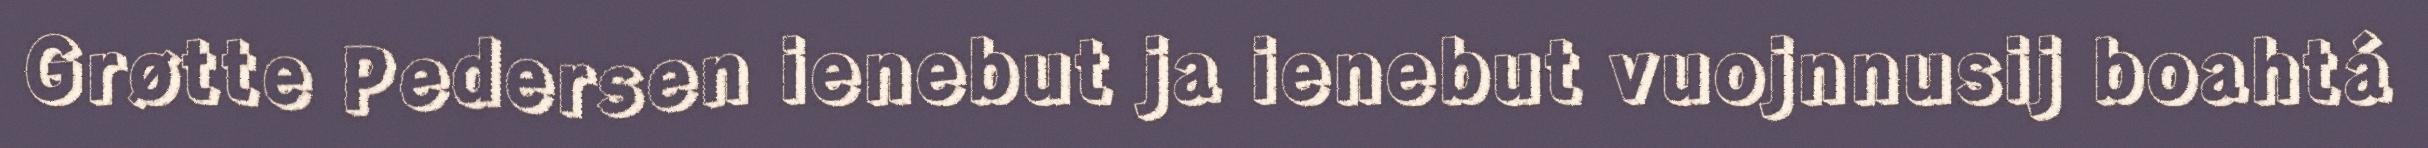
Grøtte Pedersen ienebut ja ienebut vuojnnusij boahtá